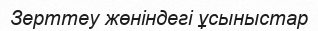
Зерттеу жөніндегі ұсыныстар